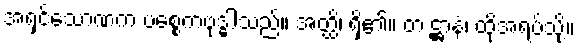
အရှင်သောဏက ပစ္စေကဗုဒ္ဓါသည်။ အတ္ထိ၊ ရှိ၏။ တံ ဋ္ဌာနံ၊ ထိုအရပ်သို့။